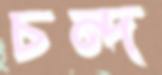
চন্দ